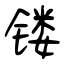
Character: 镂